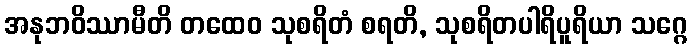
အနုဘဝိဿာမီတိ တထေဝ သုစရိတံ စရတိ, သုစရိတပါရိပူရိယာ သဂ္ဂေ